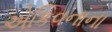
એકિવનાના